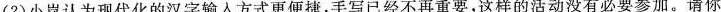
(2)小岚认为现代化的汉字输入方式更便捷，手写已经不再重要，这样的活动没有必要参加。请你